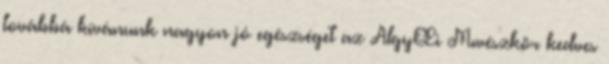
továbbá kívánunk nagyon jó egészséget az AlgyŒi Mıvészkör kedves